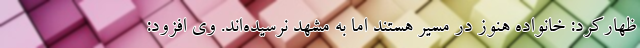
ظهارکرد: خانواده هنوز در مسیر هستند اما به مشهد نرسیده‌اند. وی افزود: